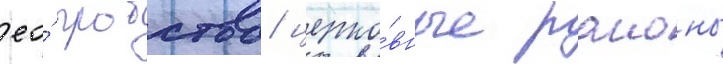
ео́ пробства/ церко́вные раионы